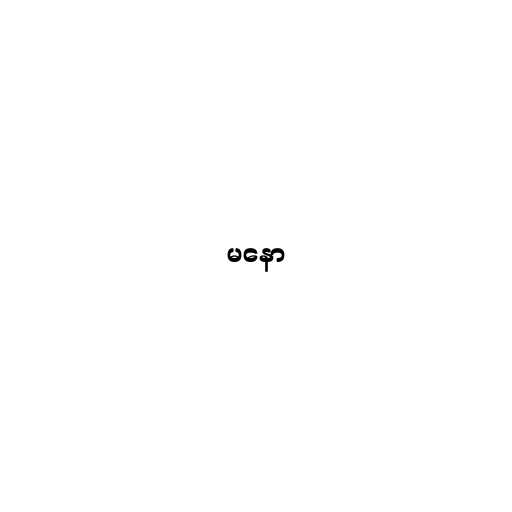
မနော